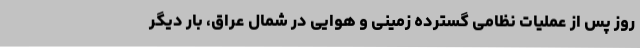
روز پس از عملیات نظامی گسترده زمینی و هوایی در شمال عراق، بار دیگر